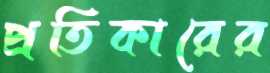
প্রতিকারের